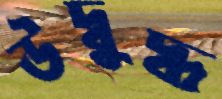
উদ্বুদ্ধ